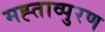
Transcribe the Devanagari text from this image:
मह्ताव्पुरण